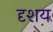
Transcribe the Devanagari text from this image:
दृशय